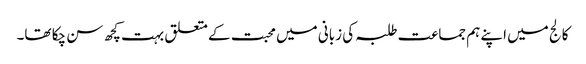
کالج میں اپنے ہم جماعت طلبہ کی زبانی میں محبت کے متعلق بہت کچھ سن چکا تھا۔